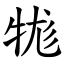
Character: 牻